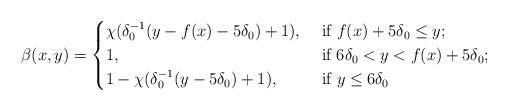
LaTeX: \begin{align*}\beta(x,y)=\begin{cases}\chi(\delta_{0}^{-1}(y-f(x)-5\delta_{0})+1), & \mbox{ if $ f(x)+5\delta_0\le y$;}\\1, & \mbox{ if $6\delta_{0}<y<f(x)+5\delta_0$;}\\1-\chi(\delta_{0}^{-1}(y-5\delta_{0})+1), & \mbox{ if $y\le 6\delta_{0}$}\end{cases}\end{align*}